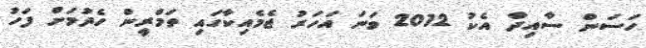
ހަސަން ސާއިދާ އެކު 2012 ވަނަ އަހަރު ޖެމެއިކާގައި ތަމްރީން ހެދުމަށް ފަހު